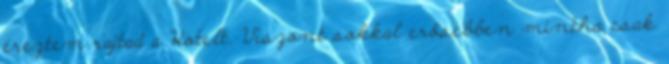
éreztem rajtad a Hotelt. Viszont sokkal erősebben mintha csak